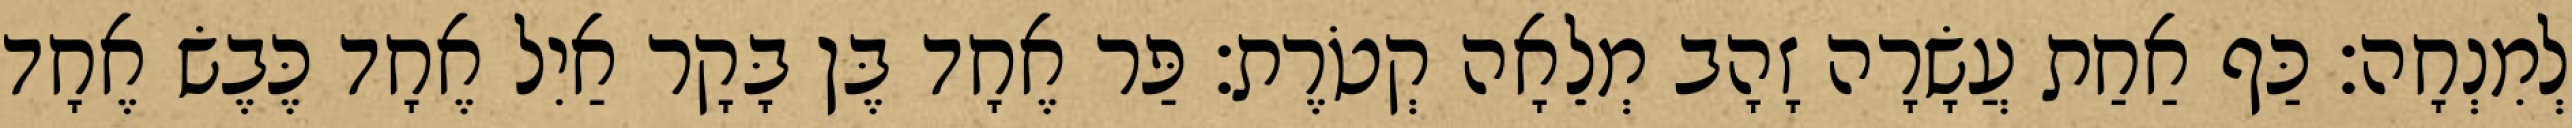
לְמִנְחָה׃ כַּף אַחַת עֲשָׂרָה זָהָב מְלֵאָה קְטֹרֶת׃ פַּר אֶחָד בֶּן בָּקָר אַיִל אֶחָד כֶּבֶשׂ אֶחָד